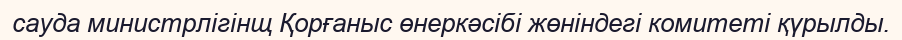
сауда министрлігінщ Қорғаныс өнеркәсібі жөніндегі комитеті қүрылды.